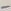
Text: -